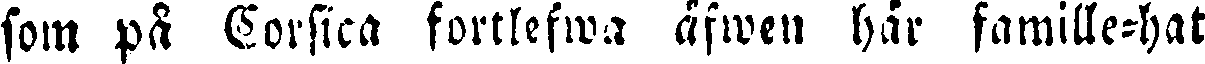
som på Corsica fortlefwa äfwen här famille-hat